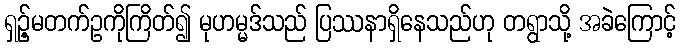
ရှဉ့်မတက်ဥကိုကြိတ်၍ မုဟမ္မဒ်သည် ပြဿနာရှိနေသည်ဟု တရွာသို့ အခဲကြောင့်